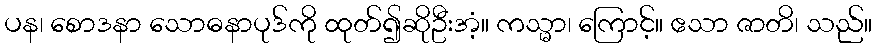
ပန၊ စောဒနာ သောဓနာပုဒ်ကို ထုတ်၍ဆိုဦးအံ့။ ကသ္မာ၊ ကြောင့်။ ဧသာ ဇာတိ၊ သည်။